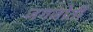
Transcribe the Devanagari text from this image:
जगजोती